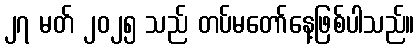
၂၇ မတ် ၂၀၂၅ သည် တပ်မတော်နေ့ဖြစ်ပါသည်။